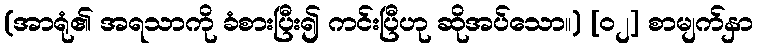
(အာရုံ၏ အရသာကို ခံစားပြီး၍ ကင်းပြီဟု ဆိုအပ်သော။) [၀၂] စာမျက်နှာ